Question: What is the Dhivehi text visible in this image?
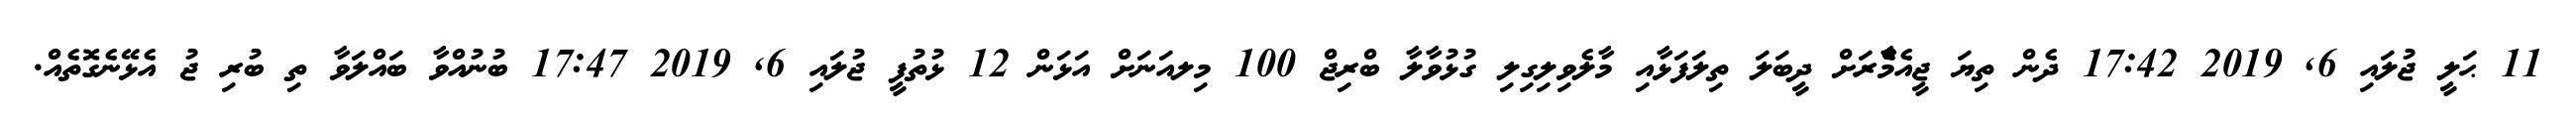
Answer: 11 ޙަލީ ޖުލައި 6, 2019 17:42 ދެން ތިޔަ ޖީއެމްެާރަށް ދީބަލަ ތިލަފަޅާއި މާލެވިލިގިލި ގުޅުވާލާ ބްރިޖް 100 މިލއަނަށް އަޅަން 12 ޅުތުފީ ޖުލައި 6, 2019 17:47 ބުނުއްވާ ބައްލަވާ ތި ބުރި ޖު އެޅޭނެގޮތެއް.